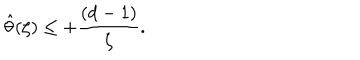
LaTeX: { \hat { \theta } ( \zeta ) } \leq + { \frac { ( d - 1 ) } { \zeta } } .